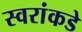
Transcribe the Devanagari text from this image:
स्वरांकडे